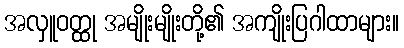
အလှူဝတ္ထု အမျိုးမျိုးတို့၏ အကျိုးပြဂါထာများ။